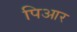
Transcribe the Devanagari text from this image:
पिआर